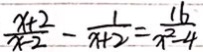
\frac { x + 2 } { x - 2 } - \frac { 1 } { x + 2 } = \frac { 1 6 } { x ^ { 2 } - 4 }